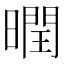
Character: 𣋆